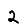
Digit: 2